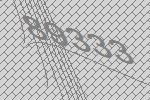
89333